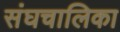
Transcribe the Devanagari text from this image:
संघचालिका